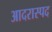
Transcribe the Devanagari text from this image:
आदरास्पद